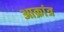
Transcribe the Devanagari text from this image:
आक्रांत्र